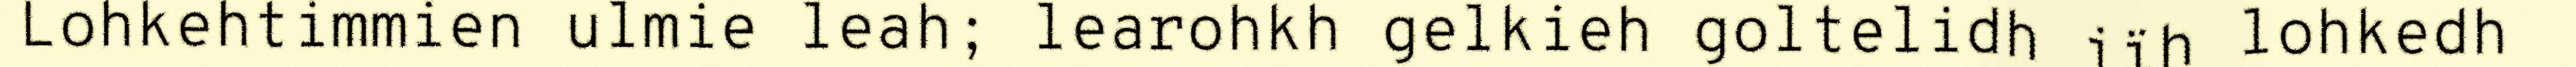
Lohkehtimmien ulmie leah; learohkh gelkieh goltelidh jïh lohkedh